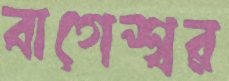
বাগেশ্বর